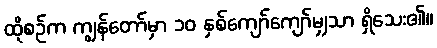
ထိုစဉ်က ကျွန်တော်မှာ ၁၀ နှစ်ကျော်ကျော်မျှသာ ရှိသေး၏။